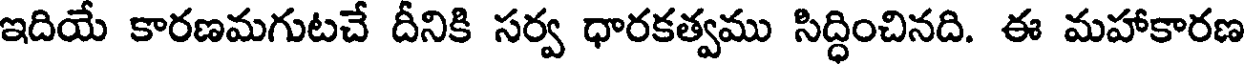
ఇదియే కారణమగుటచే దీనికి సర్వ ధారకత్వము సిద్ధించినది. ఈ మహాకారణ